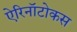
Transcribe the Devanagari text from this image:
ऐरिनॉटोकस